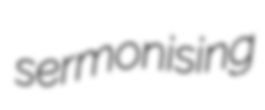
sermonising